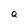
Character: Q